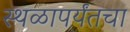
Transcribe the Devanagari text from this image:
स्थळापर्यंतचा